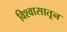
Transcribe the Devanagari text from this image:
विश्वासातून